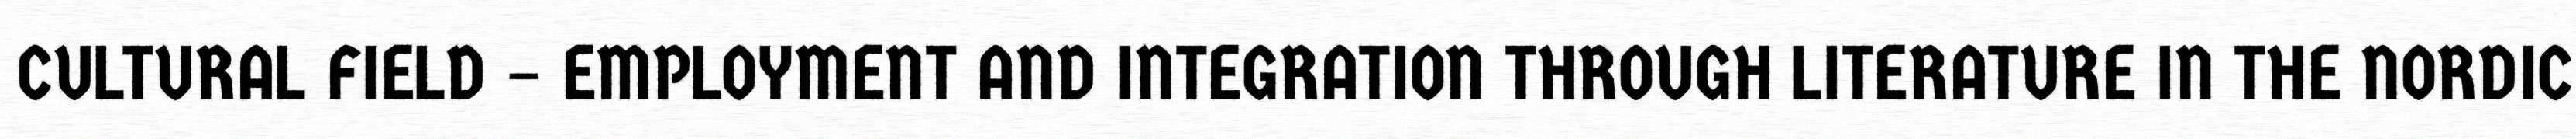
CULTURAL FIELD – EMPLOYMENT AND INTEGRATION THROUGH LITERATURE IN THE NORDIC